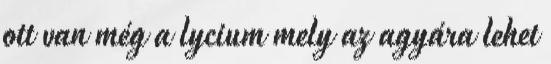
ott van még a lycium mely az agyára lehet